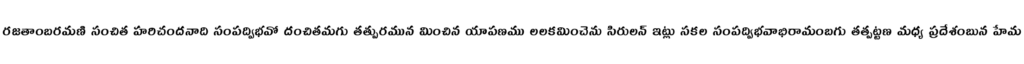
రజతాంబరమణి సంచిత హరిచందనాది సంపద్విభవో దంచితమగు తత్పురమున మించిన యాపణము లలకమించెను సిరులన్ ఇట్లు సకల సంపద్విభవాభిరామంబగు తత్పట్టణ మధ్య ప్రదేశంబున హేమ